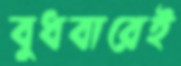
বুধবারেই